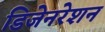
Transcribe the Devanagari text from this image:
डिजेनरेशन